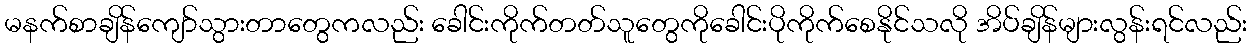
မနက်စာချိန်ကျော်သွားတာတွေကလည်း ခေါင်းကိုက်တတ်သူတွေကိုခေါင်းပိုကိုက်စေနိုင်သလို အိပ်ချိန်များလွန်းရင်လည်း